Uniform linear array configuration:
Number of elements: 24
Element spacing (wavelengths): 0.75
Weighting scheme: hamming
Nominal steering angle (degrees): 45
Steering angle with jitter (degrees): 46.294
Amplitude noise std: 0.05
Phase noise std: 0.05

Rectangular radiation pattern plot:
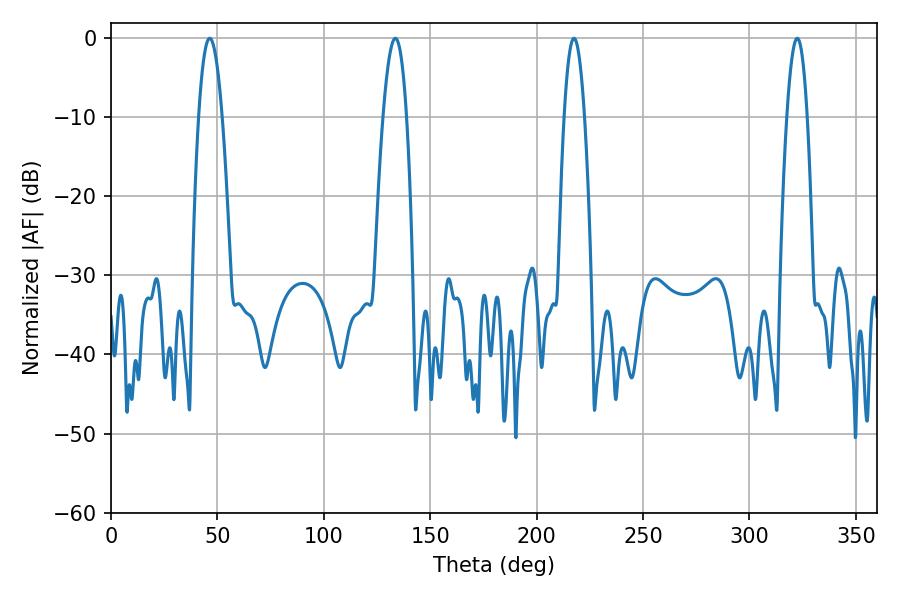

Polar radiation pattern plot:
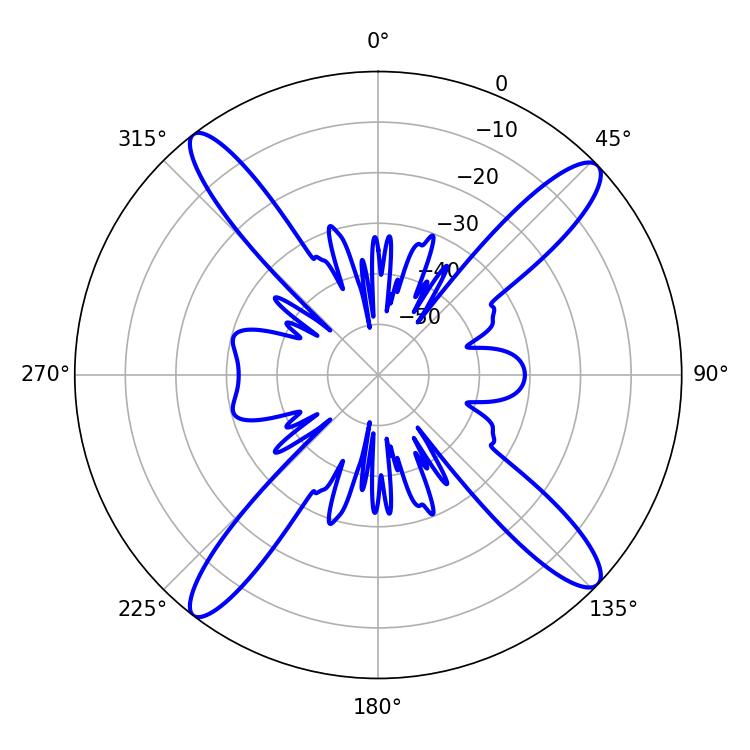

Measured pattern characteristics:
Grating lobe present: TRUE
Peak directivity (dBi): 16.498
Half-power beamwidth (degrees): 6.12
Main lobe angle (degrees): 46.44